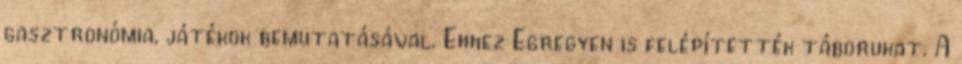
gasztronómia, játékok bemutatásával. Ehhez Egregyen is felépítették táborukat. A